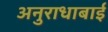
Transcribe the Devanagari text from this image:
अनुराधाबाई